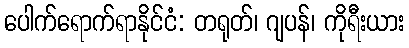
ပေါက်ရောက်ရာနိုင်ငံ: တရုတ်၊ ဂျပန်၊ ကိုရီးယား